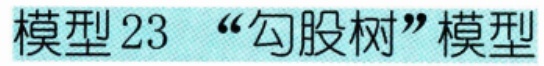
模型 23 “勾股树”模型